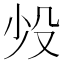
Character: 𬆠